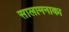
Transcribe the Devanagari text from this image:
सालामनाका